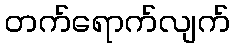
တက်ရောက်လျက်